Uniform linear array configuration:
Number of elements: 12
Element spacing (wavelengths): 0.75
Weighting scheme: kaiser
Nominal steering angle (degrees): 45
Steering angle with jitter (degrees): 46.701
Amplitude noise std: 0.05
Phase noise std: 0.05

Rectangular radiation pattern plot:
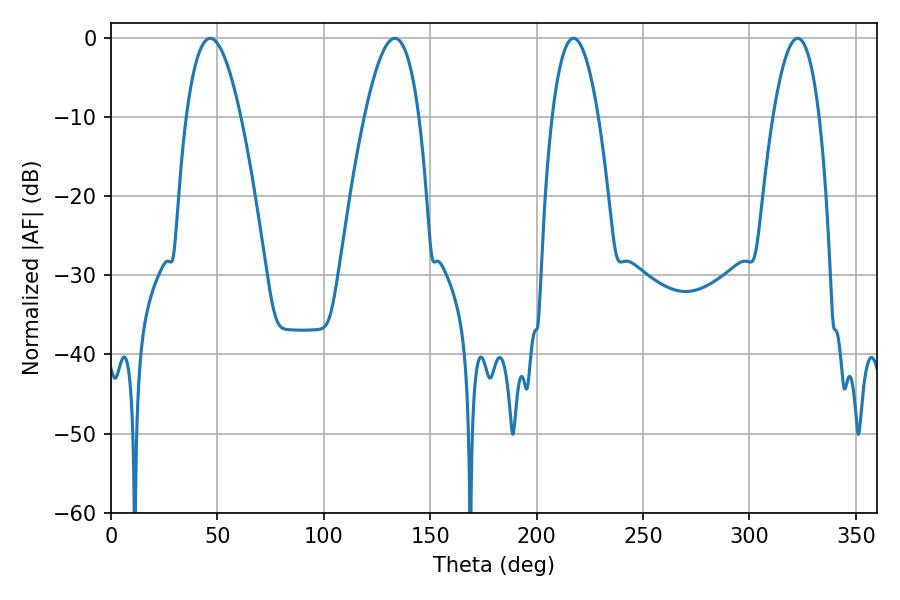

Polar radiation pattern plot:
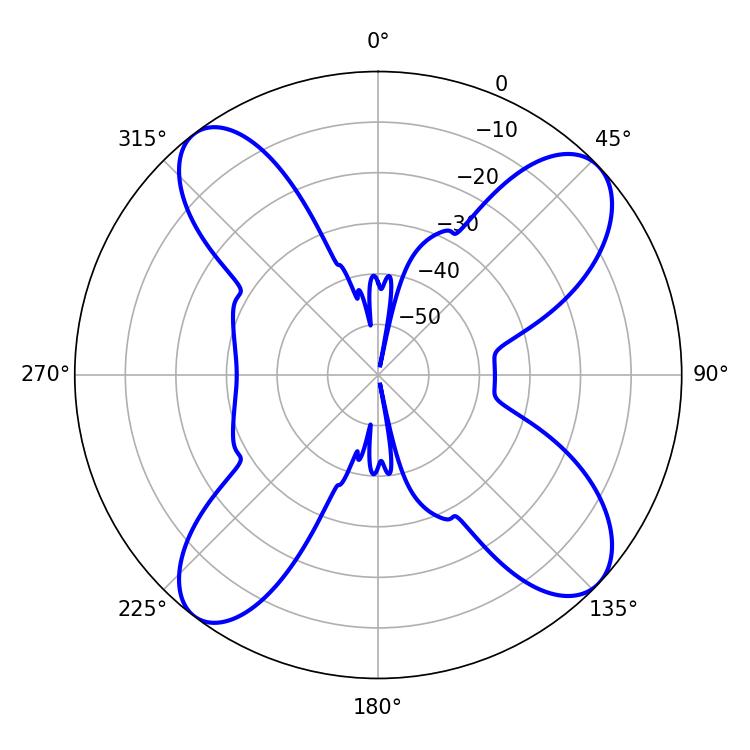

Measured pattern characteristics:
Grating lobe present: TRUE
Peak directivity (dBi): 12.522
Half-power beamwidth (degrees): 14.04
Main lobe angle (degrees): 46.62